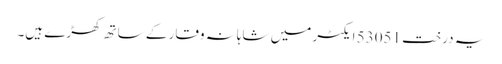
یہ درخت 53051 ایکٹر میں شاہانہ وقار کے ساتھ کھڑے ہیں۔